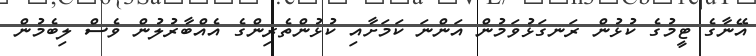
އޭނާގެ ޓީމުގެ ކުޅުން ރަނގަޅުވަމުން އަންނަ ކަމަށާއި ކުޅުންތެރިންގެ އެއްބާރުލުން ވެސް ލިބެމުން